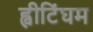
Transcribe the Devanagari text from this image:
ह्वीटिंघम